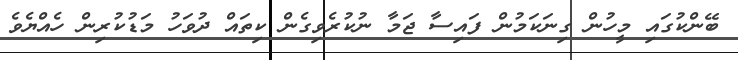
ބޭންކުގައި މީހުން ގިނަކަމުން ފައިސާ ޖަމާ ނުކުރެވިގެން ކިތައް ދުވަހު މަޑުކުރިން ހެއްޔެވެ